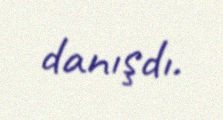
danışdı.